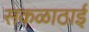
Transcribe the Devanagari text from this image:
सकळाठाई